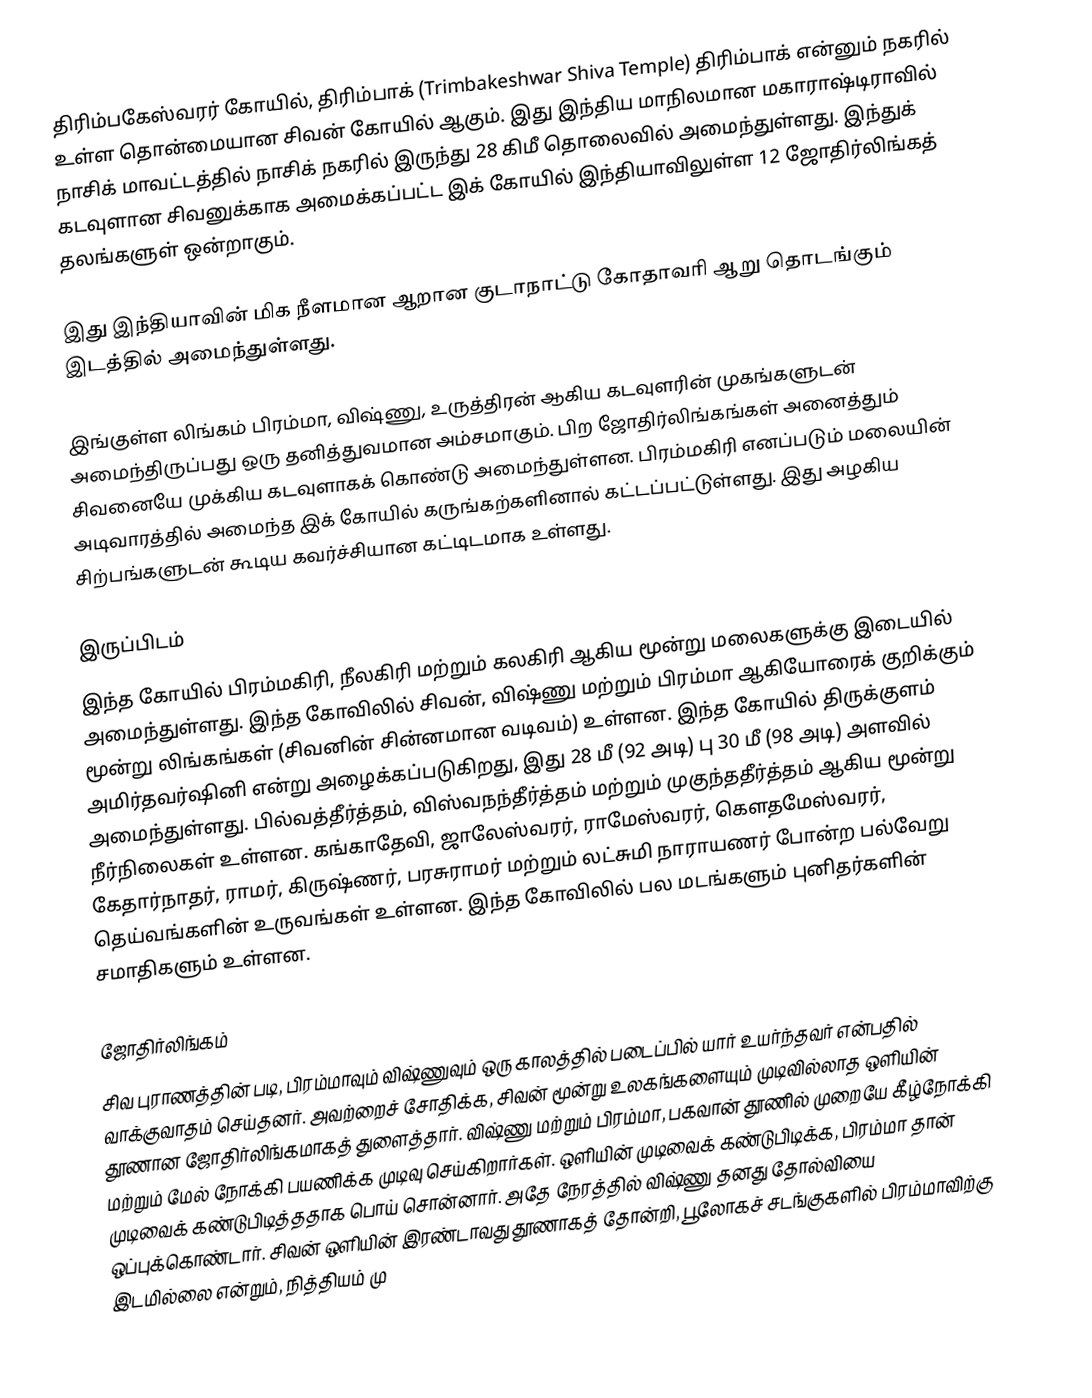
திரிம்பகேஸ்வரர் கோயில், திரிம்பாக் (Trimbakeshwar Shiva Temple) திரிம்பாக் என்னும் நகரில் உள்ள தொன்மையான சிவன் கோயில் ஆகும். இது இந்திய மாநிலமான மகாராஷ்டிராவில் நாசிக் மாவட்டத்தில் நாசிக் நகரில் இருந்து 28 கிமீ தொலைவில் அமைந்துள்ளது. இந்துக் கடவுளான சிவனுக்காக அமைக்கப்பட்ட இக் கோயில் இந்தியாவிலுள்ள 12 ஜோதிர்லிங்கத் தலங்களுள் ஒன்றாகும்.

இது இந்தியாவின் மிக நீளமான ஆறான குடாநாட்டு கோதாவரி ஆறு தொடங்கும் இடத்தில் அமைந்துள்ளது.

இங்குள்ள லிங்கம் பிரம்மா, விஷ்ணு, உருத்திரன் ஆகிய கடவுளரின் முகங்களுடன் அமைந்திருப்பது ஒரு தனித்துவமான அம்சமாகும். பிற ஜோதிர்லிங்கங்கள் அனைத்தும் சிவனையே முக்கிய கடவுளாகக் கொண்டு அமைந்துள்ளன. பிரம்மகிரி எனப்படும் மலையின் அடிவாரத்தில் அமைந்த இக் கோயில் கருங்கற்களினால் கட்டப்பட்டுள்ளது. இது அழகிய சிற்பங்களுடன் கூடிய கவர்ச்சியான கட்டிடமாக உள்ளது.

இருப்பிடம்
இந்த கோயில் பிரம்மகிரி, நீலகிரி மற்றும் கலகிரி ஆகிய மூன்று மலைகளுக்கு இடையில் அமைந்துள்ளது. இந்த கோவிலில் சிவன், விஷ்ணு மற்றும் பிரம்மா ஆகியோரைக் குறிக்கும் மூன்று லிங்கங்கள் (சிவனின் சின்னமான வடிவம்) உள்ளன. இந்த கோயில் திருக்குளம் அமிர்தவர்ஷினி என்று அழைக்கப்படுகிறது, இது 28 மீ (92 அடி) பு 30 மீ (98 அடி) அளவில் அமைந்துள்ளது. பில்வத்தீர்த்தம், விஸ்வநந்தீர்த்தம் மற்றும் முகுந்ததீர்த்தம் ஆகிய மூன்று நீர்நிலைகள் உள்ளன. கங்காதேவி, ஜாலேஸ்வரர், ராமேஸ்வரர், கௌதமேஸ்வரர், கேதார்நாதர், ராமர், கிருஷ்ணர், பரசுராமர் மற்றும் லட்சுமி நாராயணர் போன்ற பல்வேறு தெய்வங்களின் உருவங்கள் உள்ளன. இந்த கோவிலில் பல மடங்களும் புனிதர்களின் சமாதிகளும் உள்ளன.

ஜோதிர்லிங்கம்
சிவ புராணத்தின் படி, பிரம்மாவும் விஷ்ணுவும் ஒரு காலத்தில் படைப்பில் யார் உயர்ந்தவர் என்பதில் வாக்குவாதம் செய்தனர். அவற்றைச் சோதிக்க, சிவன் மூன்று உலகங்களையும் முடிவில்லாத ஒளியின் தூணான ஜோதிர்லிங்கமாகத் துளைத்தார். விஷ்ணு மற்றும் பிரம்மா, பகவான் தூணில் முறையே கீழ்நோக்கி மற்றும் மேல் நோக்கி பயணிக்க முடிவு செய்கிறார்கள். ஒளியின் முடிவைக் கண்டுபிடிக்க, பிரம்மா தான் முடிவைக் கண்டுபிடித்ததாக பொய் சொன்னார்.  அதே நேரத்தில் விஷ்ணு தனது தோல்வியை ஒப்புக்கொண்டார். சிவன் ஒளியின் இரண்டாவது தூணாகத் தோன்றி, பூலோகச் சடங்குகளில் பிரம்மாவிற்கு இடமில்லை என்றும், நித்தியம் மு